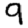
Digit: 9